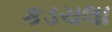
કડચલા